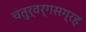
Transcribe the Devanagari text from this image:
चतुर्वर्गसग्रह